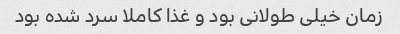
زمان خیلی طولانی بود و غذا کاملا سرد شده بود